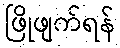
ဖြိုဖျက်ရန်